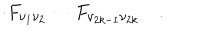
\cdot F _ { \nu _ { 1 } \nu _ { 2 } } \cdots F _ { \nu _ { 2 k - 1 } \nu _ { 2 k } } \quad .